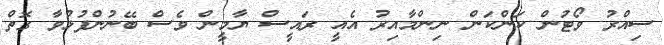
ސިއްރު ވޯޓުން ކަންކަން ނިންމާއިރު އެއީ ރައީސް ޔާމީން ވެސް ބޭނުންފުޅުވާ ގޮތް